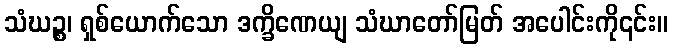
သံဃဉ္စ၊ ရှစ်ယောက်သော ဒက္ခိဏေယျ သံဃာတော်မြတ် အပေါင်းကို၎င်း။